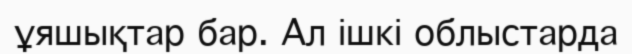
ұяшықтар бар. Ал ішкі облыстарда